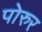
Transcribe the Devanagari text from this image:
पोरुर